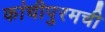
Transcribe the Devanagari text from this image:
कांचीपुरमची